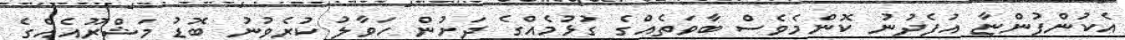
އެކުންފުންޏާ އުފެދުނު ކޮންމެވެސް ބާވަތެއްގެ ގުޅުމެއްގެ ދަށުން ހަވާލު ކުރެވުނު ބޮޑު މަޝްރޫއެއްގެ